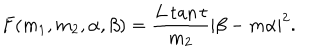
LaTeX: F ( m _ { 1 } , m _ { 2 } , \alpha , \beta ) = \frac { L \tan t } { m _ { 2 } } | \beta - m \alpha | ^ { 2 } .